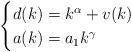
LaTeX: \begin{align*} \begin{cases} d(k)=k^{\alpha}+v(k)&\\ a(k)=a_1k^{\gamma}& \end{cases} \end{align*}